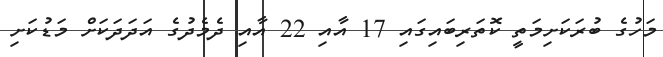
މަހުގެ ބުރަކަށިމަތީ ކޮތަރިބައިގައި 17 އާއި 22 އާއި ދެމެދުގެ އަދަދަކަށް މަޑުކަށި